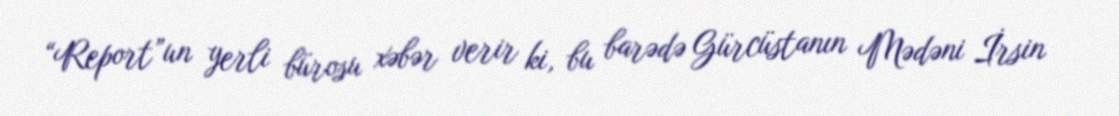
“Report”un yerli bürosu xəbər verir ki, bu barədə Gürcüstanın Mədəni İrsin